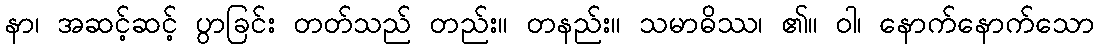
နာ၊ အဆင့်ဆင့် ပွာခြင်း တတ်သည် တည်း။ တနည်း။ သမာဓိဿ၊ ၏။ ဝါ၊ နောက်နောက်သော